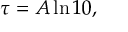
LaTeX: \tau = A \ln 1 0 ,